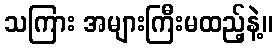
သကြား အများကြီးမထည့်နဲ့။